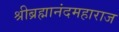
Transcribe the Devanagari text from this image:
श्रीब्रह्मानंदमहाराज